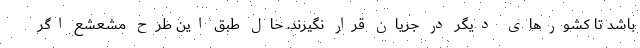
باشد تا کشورهای دیگر در جریان قرار نگیرند. حال طبق این طرح مشعشع اگر